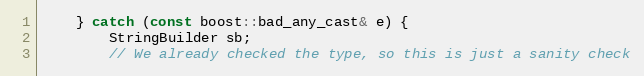
Language: C++
    } catch (const boost::bad_any_cast& e) {
        StringBuilder sb;
        // We already checked the type, so this is just a sanity check